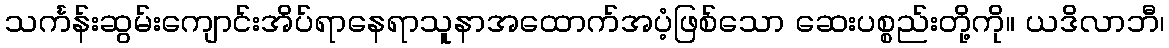
သင်္ကန်းဆွမ်းကျောင်းအိပ်ရာနေရာသူနာအထောက်အပံ့ဖြစ်သော ဆေးပစ္စည်းတို့ကို။ ယဒိလာဘီ၊